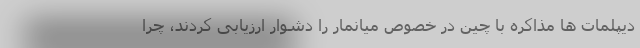
دیپلمات ها مذاکره با چین در خصوص میانمار را دشوار ارزیابی کردند، چرا